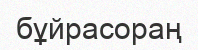
бұйрасораң